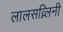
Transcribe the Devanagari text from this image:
लालसव्न्लिनी